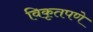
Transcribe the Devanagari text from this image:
विकृतपणे